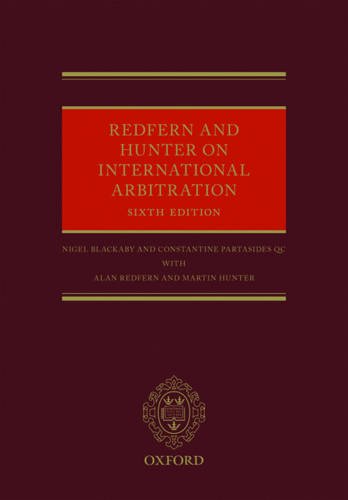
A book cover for Redfern and Hunter on International Arbitration; Nigel Blackaby; Law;